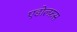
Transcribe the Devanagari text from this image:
एडोल्फ़स